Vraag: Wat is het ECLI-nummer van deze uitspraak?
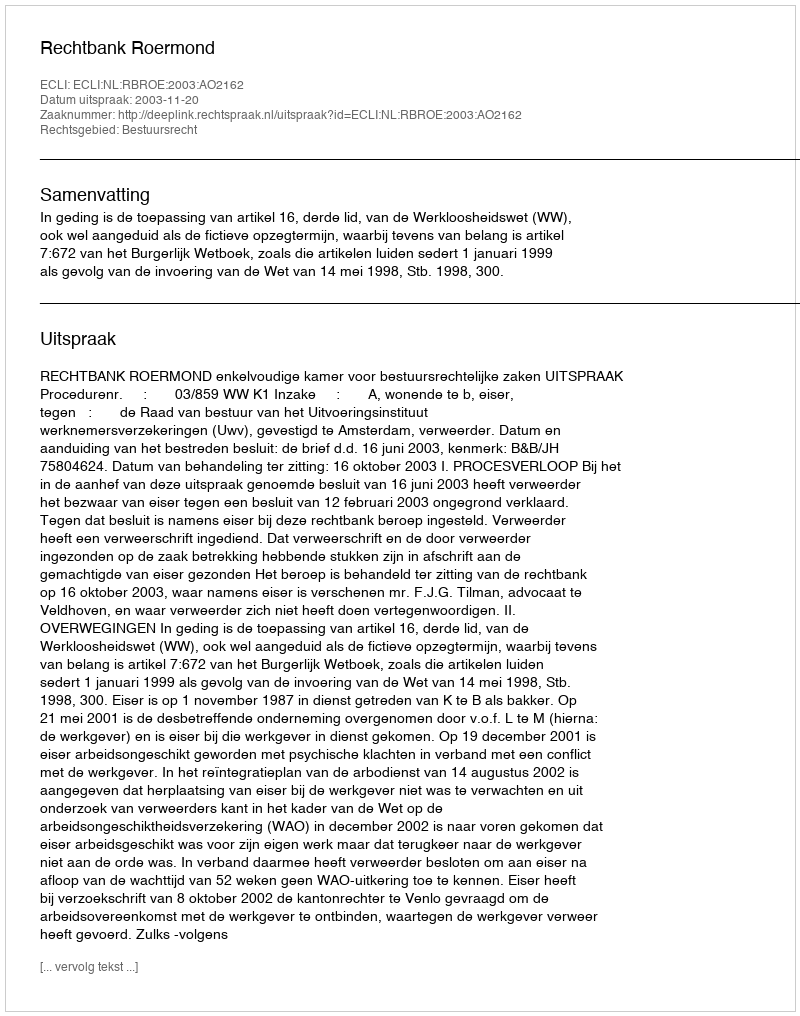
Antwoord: ECLI:NL:RBROE:2003:AO2162